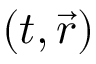
( t , \vec { r } )